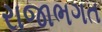
રાજાભગત